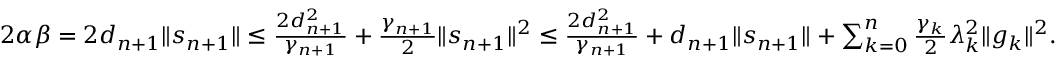
\begin{array} { r } { 2 \alpha \beta = 2 d _ { n + 1 } \| s _ { n + 1 } \| \le \frac { 2 d _ { n + 1 } ^ { 2 } } { \gamma _ { n + 1 } } + \frac { \gamma _ { n + 1 } } { 2 } \| s _ { n + 1 } \| ^ { 2 } \le \frac { 2 d _ { n + 1 } ^ { 2 } } { \gamma _ { n + 1 } } + d _ { n + 1 } \| s _ { n + 1 } \| + \sum _ { k = 0 } ^ { n } \frac { \gamma _ { k } } { 2 } \lambda _ { k } ^ { 2 } \| g _ { k } \| ^ { 2 } . } \end{array}